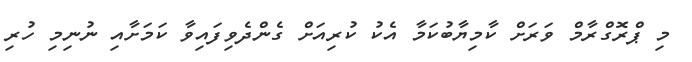
މި ޕްރޮގްރާމް ވަރަށް ކާމިޔާބުކަމާ އެކު ކުރިއަށް ގެންދެވިފައިވާ ކަމަށާއި ނުނިމި ހުރި